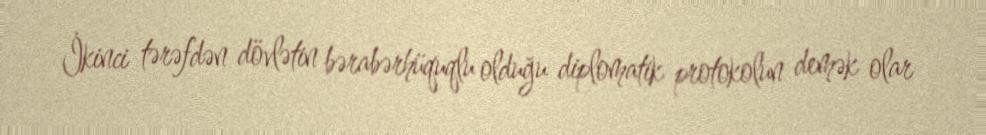
İkinci tərəfdən dövlətin bərabərhüquqlu olduğu diplomatik protokolun demək olar